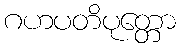
ဂဟပတိပုတ္တော